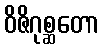
ဝိဇိဂုစ္ဆတော